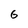
Character: G